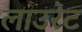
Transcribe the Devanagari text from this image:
लाउरेट